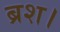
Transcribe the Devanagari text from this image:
ब्रश।